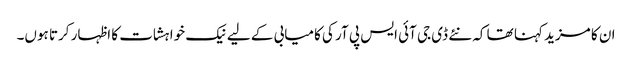
ان کا مزید کہنا تھا کہ نئے ڈی جی آئی ایس پی آر کی کامیابی کے لیے نیک خواہشات کا اظہار کرتا ہوں۔